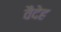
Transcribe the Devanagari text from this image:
वैदेह